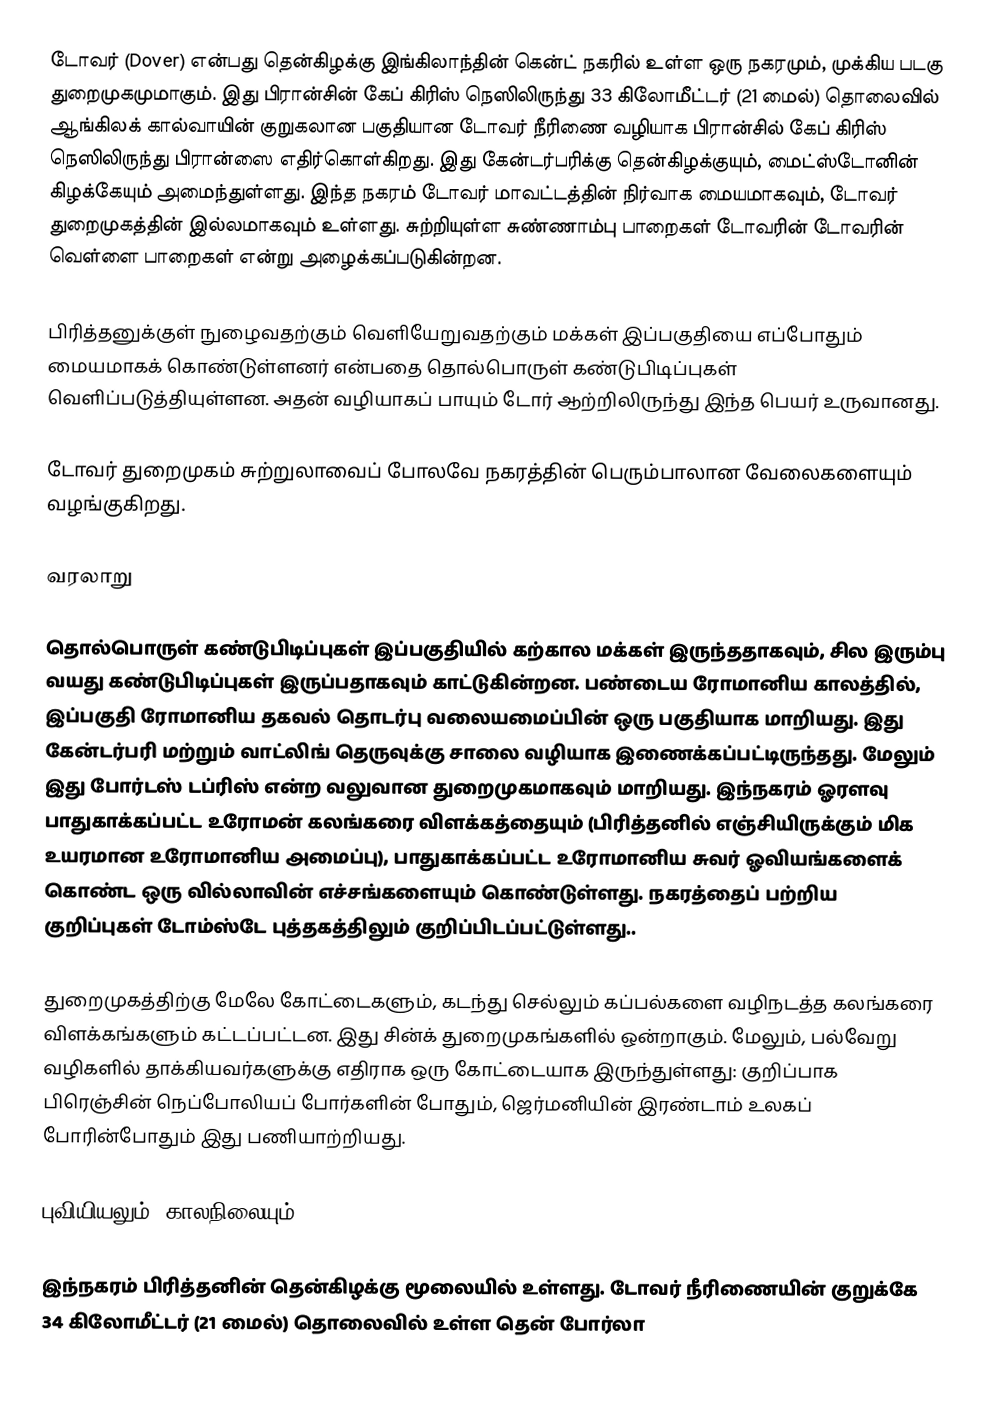
டோவர் (Dover) என்பது தென்கிழக்கு இங்கிலாந்தின் கென்ட் நகரில் உள்ள ஒரு நகரமும், முக்கிய படகு துறைமுகமுமாகும். இது பிரான்சின் கேப் கிரிஸ் நெஸிலிருந்து 33 கிலோமீட்டர் (21 மைல்) தொலைவில் ஆங்கிலக் கால்வாயின் குறுகலான பகுதியான டோவர் நீரிணை வழியாக பிரான்சில் கேப் கிரிஸ் நெஸிலிருந்து  பிரான்ஸை எதிர்கொள்கிறது. இது கேன்டர்பரிக்கு தென்கிழக்குயும், மைட்ஸ்டோனின் கிழக்கேயும் அமைந்துள்ளது. இந்த நகரம் டோவர் மாவட்டத்தின் நிர்வாக மையமாகவும், டோவர் துறைமுகத்தின் இல்லமாகவும் உள்ளது. சுற்றியுள்ள சுண்ணாம்பு பாறைகள் டோவரின் டோவரின் வெள்ளை பாறைகள் என்று அழைக்கப்படுகின்றன.

பிரித்தனுக்குள் நுழைவதற்கும் வெளியேறுவதற்கும் மக்கள் இப்பகுதியை எப்போதும் மையமாகக் கொண்டுள்ளனர் என்பதை தொல்பொருள் கண்டுபிடிப்புகள் வெளிப்படுத்தியுள்ளன. அதன் வழியாகப் பாயும் டோர் ஆற்றிலிருந்து இந்த பெயர் உருவானது.

டோவர் துறைமுகம் சுற்றுலாவைப் போலவே நகரத்தின் பெரும்பாலான வேலைகளையும் வழங்குகிறது.

வரலாறு

தொல்பொருள் கண்டுபிடிப்புகள் இப்பகுதியில் கற்கால மக்கள் இருந்ததாகவும், சில இரும்பு வயது கண்டுபிடிப்புகள் இருப்பதாகவும் காட்டுகின்றன.  பண்டைய ரோமானிய காலத்தில், இப்பகுதி ரோமானிய தகவல் தொடர்பு வலையமைப்பின் ஒரு பகுதியாக மாறியது. இது கேன்டர்பரி மற்றும் வாட்லிங் தெருவுக்கு சாலை வழியாக இணைக்கப்பட்டிருந்தது. மேலும் இது போர்டஸ் டப்ரிஸ் என்ற வலுவான துறைமுகமாகவும் மாறியது. இந்நகரம் ஓரளவு பாதுகாக்கப்பட்ட உரோமன் கலங்கரை விளக்கத்தையும் (பிரித்தனில் எஞ்சியிருக்கும் மிக உயரமான உரோமானிய அமைப்பு), பாதுகாக்கப்பட்ட உரோமானிய சுவர் ஓவியங்களைக் கொண்ட ஒரு வில்லாவின் எச்சங்களையும் கொண்டுள்ளது.  நகரத்தைப் பற்றிய குறிப்புகள் டோம்ஸ்டே புத்தகத்திலும் குறிப்பிடப்பட்டுள்ளது..

துறைமுகத்திற்கு மேலே கோட்டைகளும், கடந்து செல்லும் கப்பல்களை வழிநடத்த கலங்கரை விளக்கங்களும் கட்டப்பட்டன. இது சின்க் துறைமுகங்களில் ஒன்றாகும்.  மேலும், பல்வேறு வழிகளில் தாக்கியவர்களுக்கு எதிராக ஒரு கோட்டையாக இருந்துள்ளது: குறிப்பாக பிரெஞ்சின் நெப்போலியப் போர்களின் போதும், ஜெர்மனியின் இரண்டாம் உலகப் போரின்போதும் இது பணியாற்றியது.

புவியியலும், காலநிலையும்

இந்நகரம் பிரித்தனின் தென்கிழக்கு மூலையில் உள்ளது. டோவர் நீரிணையின் குறுக்கே 34 கிலோமீட்டர் (21 மைல்) தொலைவில் உள்ள தென் போர்லா